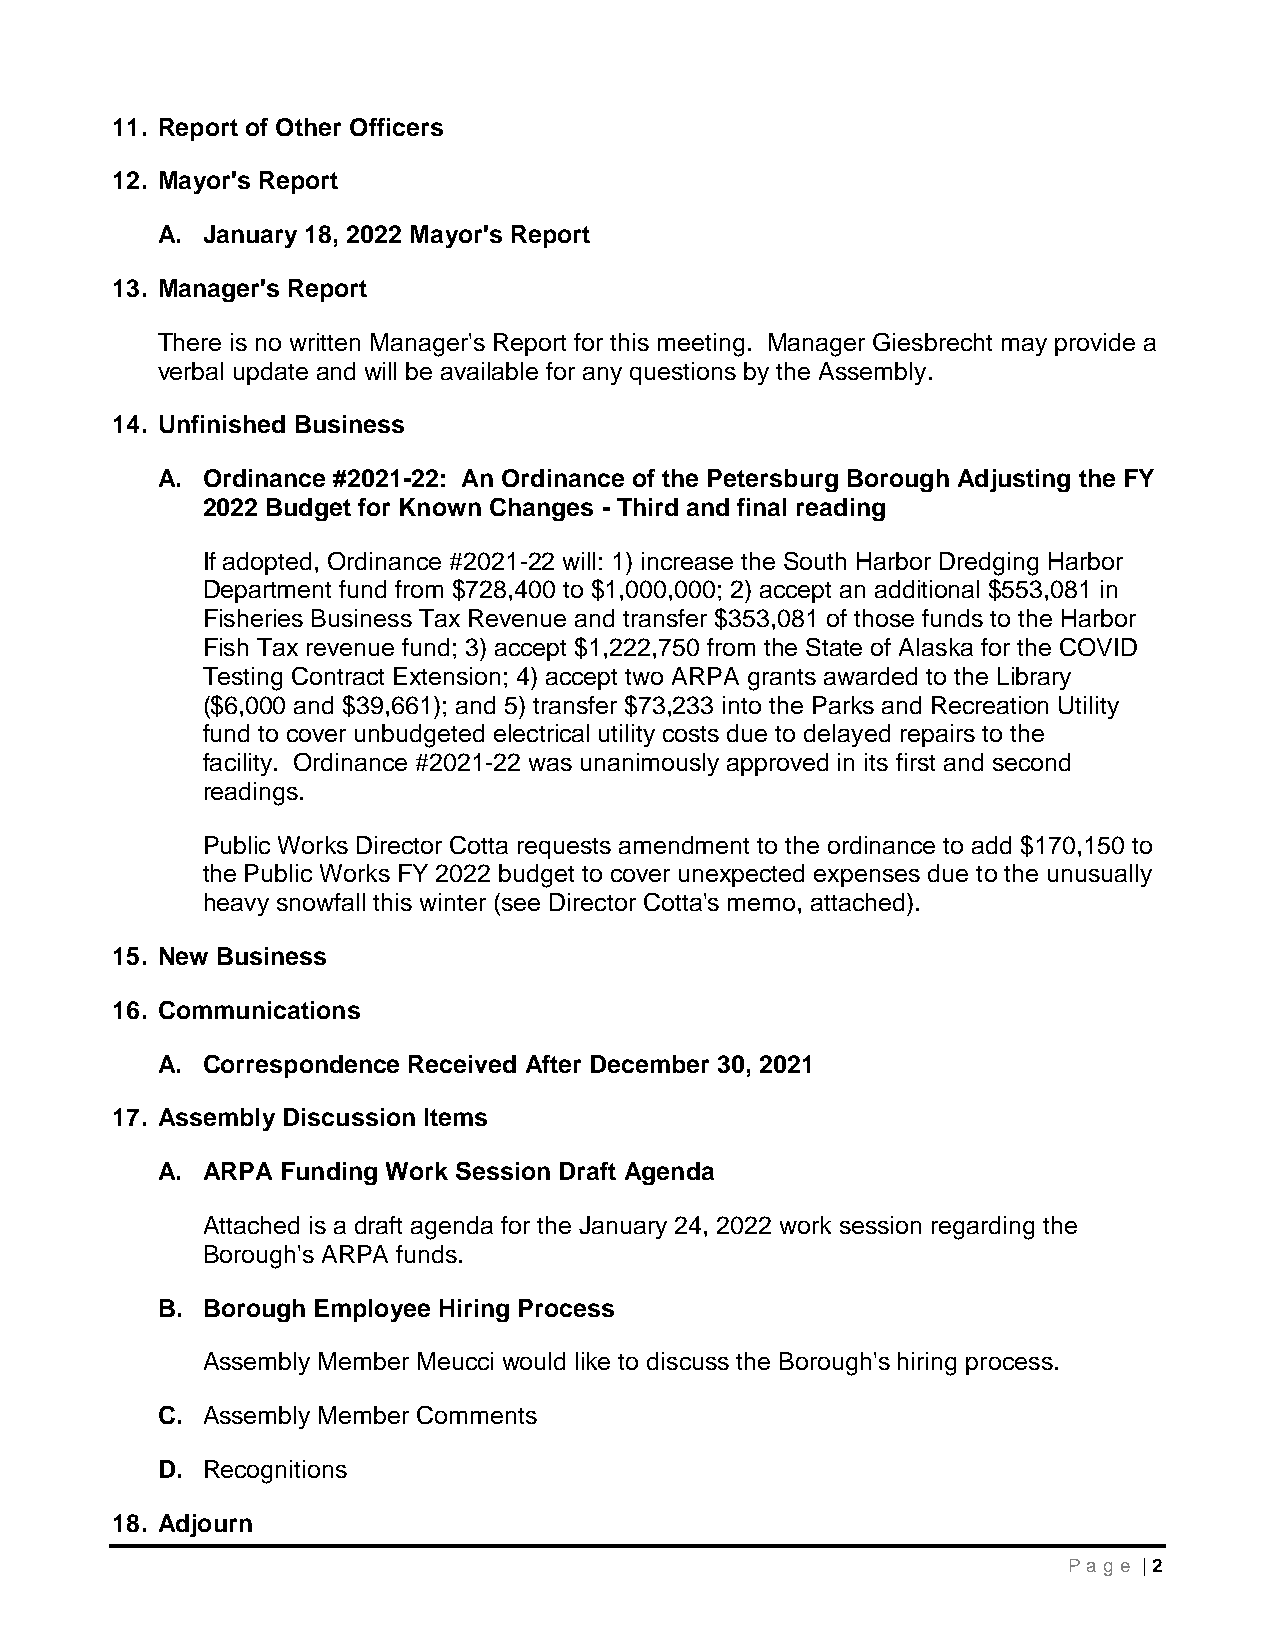
11. Report of Other Officers
 12. Mayor's Report
 A. January 18, 2022 Mayor's Report
 13. Manager's Report
 There is no written Manager's Report for this meeting. Manager Giesbrecht may provide a
 verbal update and will be available for any questions by the Assembly.
 14. Unfinished Business
 A. Ordinance #2021-22: An Ordinance of the Petersburg Borough Adjusting the FY
 2022 Budget for Known Changes - Third and final reading
 If adopted, Ordinance #2021-22 will: 1) increase the South Harbor Dredging Harbor
 Department fund from $728,400 to $1,000,000; 2) accept an additional $553,081 in
 Fisheries Business Tax Revenue and transfer $353,081 of those funds to the Harbor
 Fish Tax revenue fund; 3) accept $1,222,750 from the State of Alaska for the COVID
 Testing Contract Extension; 4) accept two ARPA grants awarded to the Library
 ($6,000 and $39,661); and 5) transfer $73,233 into the Parks and Recreation Utility
 fund to cover unbudgeted electrical utility costs due to delayed repairs to the
 facility. Ordinance #2021-22 was unanimously approved in its first and second
 readings.
 Public Works Director Cotta requests amendment to the ordinance to add $170,150 to
 the Public Works FY 2022 budget to cover unexpected expenses due to the unusually
 heavy snowfall this winter (see Director Cotta's memo, attached).
 15. New Business
 16. Communications
 A. Correspondence Received After December 30, 2021
 17. Assembly Discussion Items
 A. ARPA  Funding Work Session Draft Agenda
 Attached is a draft agenda for the January 24, 2022 work session regarding the
 Borough's ARPA funds.
 B. Borough Employee Hiring Process
 Assembly Member Meucci would like to discuss the Borough's hiring process.
 C. Assembly Member Comments
 D. Recognitions
 18. Adjourn
 Pa g e | 2